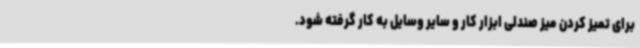
برای تمیز کردن میز صندلی ابزار کار و سایر وسایل به کار گرفته شود.